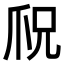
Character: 𪺎